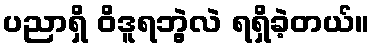
ပညာရှိ ဝိဒူရဘွဲ့လဲ ရရှိခဲ့တယ်။